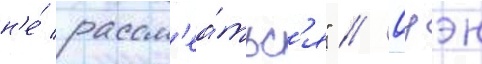
н'е́ рассм'еа́тьс'я" // Оуэн